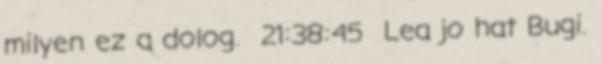
milyen ez a dolog. 21:38:45 Lea jo hat Bugi.